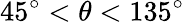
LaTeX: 45^{\circ}<\theta<135^{\circ}